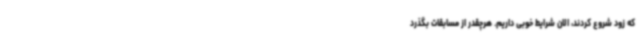
که زود شروع کردند، الان شرایط خوبی داریم. هرچقدر از مسابقات بگذرد